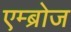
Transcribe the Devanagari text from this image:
एम्ब्रोज